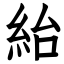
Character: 紿